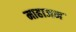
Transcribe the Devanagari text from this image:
माहाजन